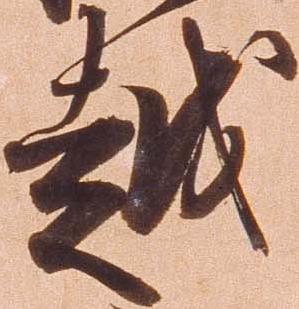
越